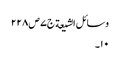
وسائل الشیعة ج٧ ص ٢٢٨
١٠۔